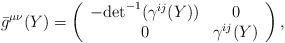
LaTeX: \begin{align*}{}\bar{g}^{\mu \nu}(Y) = \left( \begin{array}{cc} -{\det}^{-1} (\gamma^{ij}(Y)) & 0 \\ 0 & \gamma^{ij}(Y) \end{array} \right),\end{align*}